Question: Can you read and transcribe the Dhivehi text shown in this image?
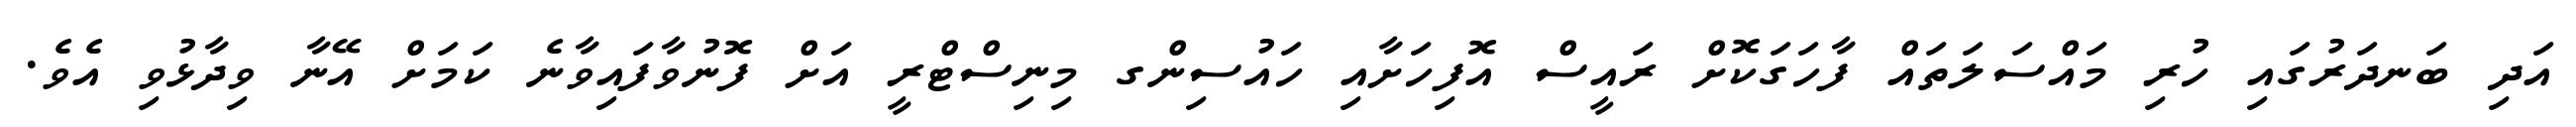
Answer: އަދި ބަނދަރުގައި ހުރި މައްސަލަތައް ފާހަގަކޮށް ރައީސް އޮފިހަށާއި ހައުސިންގ މިނިސްޓްރީ އަށް ފޮނުވާފައިވާނެ ކަމަށް އޭނާ ވިދާޅުވި އެވެ.